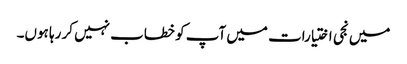
میں نجی اختیارات میں آپ کو خطاب نہیں کر رہا ہوں۔